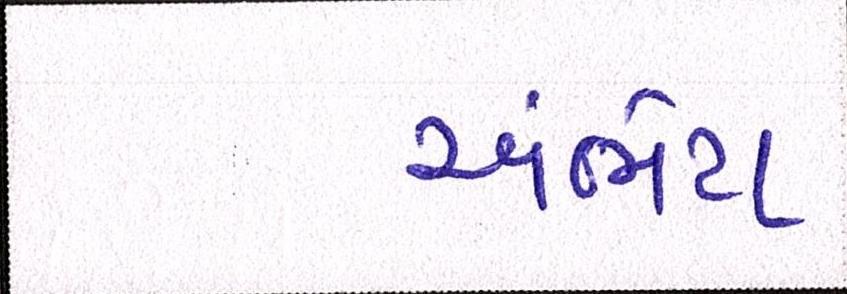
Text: અંભેટા